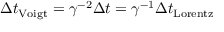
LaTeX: \Delta t _ { \mathrm { V o i g t } } = \gamma ^ { - 2 } \Delta t = \gamma ^ { - 1 } \Delta t _ { \mathrm { L o r e n t z } }